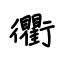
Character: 衢